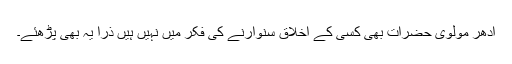
ادھر مولوی حضرات بھی کسی کے اخلاق سنوارنے کی فکر میں نہیں ہیں ذرا یہ بھی پڑھئے۔